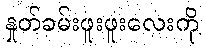
နှုတ်ခမ်းဖူးဖူးလေးကို